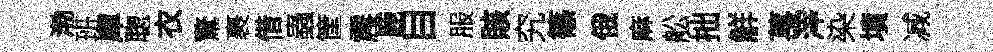
渤班庫聦衣驚裹借蟲筐震鹿目服賅究篠俄麻舩拙觧萇滓染墳减